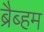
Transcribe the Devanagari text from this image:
ब्रैब्हम